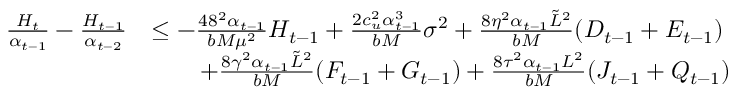
\begin{array} { r l } { \frac { H _ { t } } { \alpha _ { t - 1 } } - \frac { H _ { t - 1 } } { \alpha _ { t - 2 } } } & { \leq - \frac { 4 8 ^ { 2 } \alpha _ { t - 1 } } { b M \mu ^ { 2 } } H _ { t - 1 } + \frac { 2 c _ { u } ^ { 2 } \alpha _ { t - 1 } ^ { 3 } } { b M } \sigma ^ { 2 } + \frac { 8 \eta ^ { 2 } \alpha _ { t - 1 } \tilde { L } ^ { 2 } } { b M } ( D _ { t - 1 } + E _ { t - 1 } ) } \\ & { \qquad + \frac { 8 \gamma ^ { 2 } \alpha _ { t - 1 } \tilde { L } ^ { 2 } } { b M } ( F _ { t - 1 } + G _ { t - 1 } ) + \frac { 8 \tau ^ { 2 } \alpha _ { t - 1 } L ^ { 2 } } { b M } ( J _ { t - 1 } + Q _ { t - 1 } ) } \end{array}